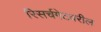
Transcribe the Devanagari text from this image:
रिसर्चगेटवरील